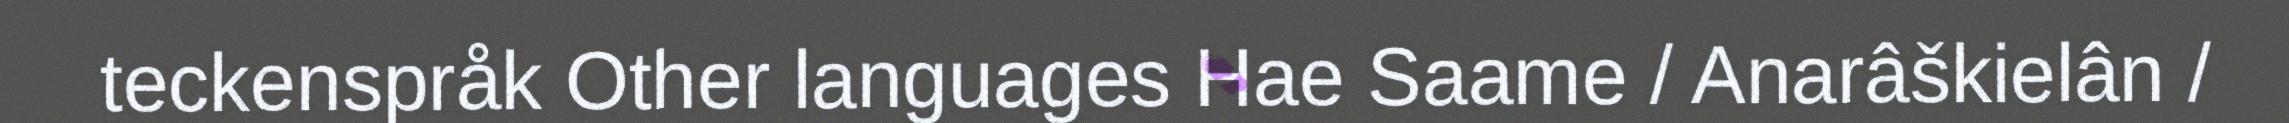
teckenspråk Other languages Hae Saame / Anarâškielân /